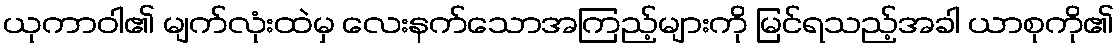
ယုကာဝါ၏ မျက်လုံးထဲမှ လေးနက်သောအကြည့်များကို မြင်ရသည့်အခါ ယာစုကို၏